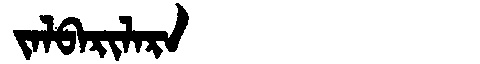
Manchu: ᠵᠠᠯᠪᠠᡵᡳᠯᠠᡵᠠ
Romanization: JALBARILARA